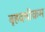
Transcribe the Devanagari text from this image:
बृहदश्रीक्रम